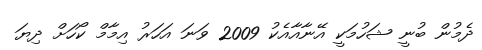
ދެމުން ބުނީ ޝަހުމަކީ އޭނާއާއެކު 2009 ވަނަ އަހަރު އިމާމް ކޯހަށް ދިޔަ